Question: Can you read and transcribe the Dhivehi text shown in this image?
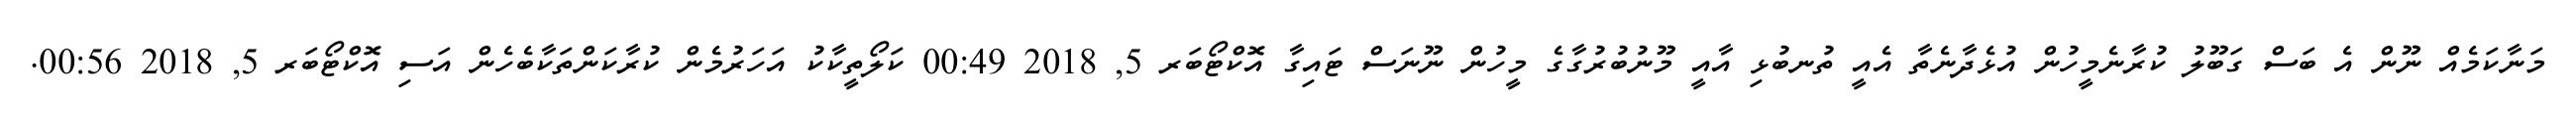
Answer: މަނާކަމެއް ނޫން އެ ބަސް ގަބޫލު ކުރާނެމީހުން އުޅެދާނެތާ އެއީ ތުނބުޅި އާއީ މޫނުބުރުގާގެ މީހުން ނޫނަސް ޓައިގާ އޮކްޓޯބަރ 5, 2018 00:49 ކަލޯތީކާކު އަހަރުމެން ކުރާކަންތަކާބެހެން އަސި އޮކްޓޯބަރ 5, 2018 00:56.